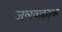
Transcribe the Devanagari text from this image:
जलवाहतुक